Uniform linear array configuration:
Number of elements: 24
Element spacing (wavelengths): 0.25
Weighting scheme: hann
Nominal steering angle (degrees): -15
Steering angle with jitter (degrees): -14.077
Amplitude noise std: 0.05
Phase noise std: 0.05

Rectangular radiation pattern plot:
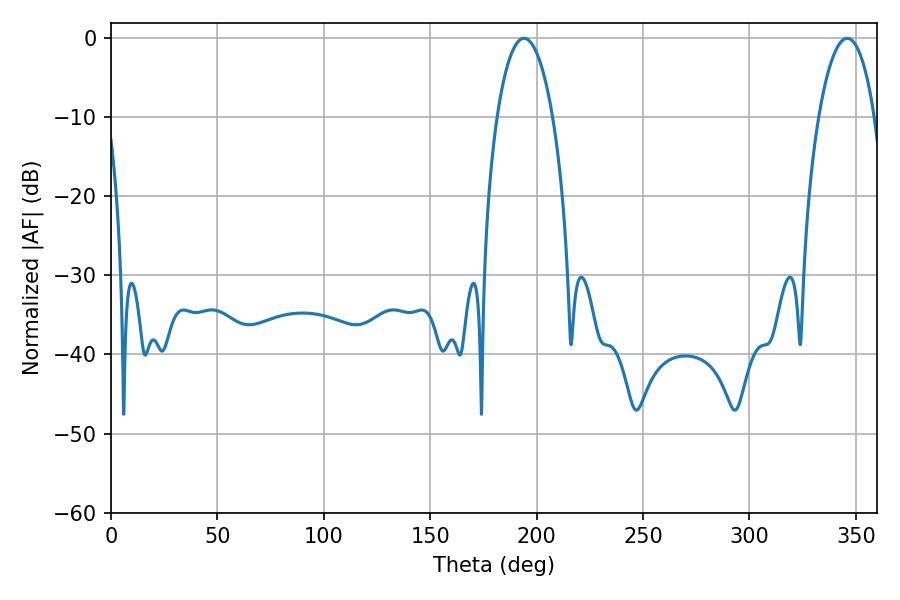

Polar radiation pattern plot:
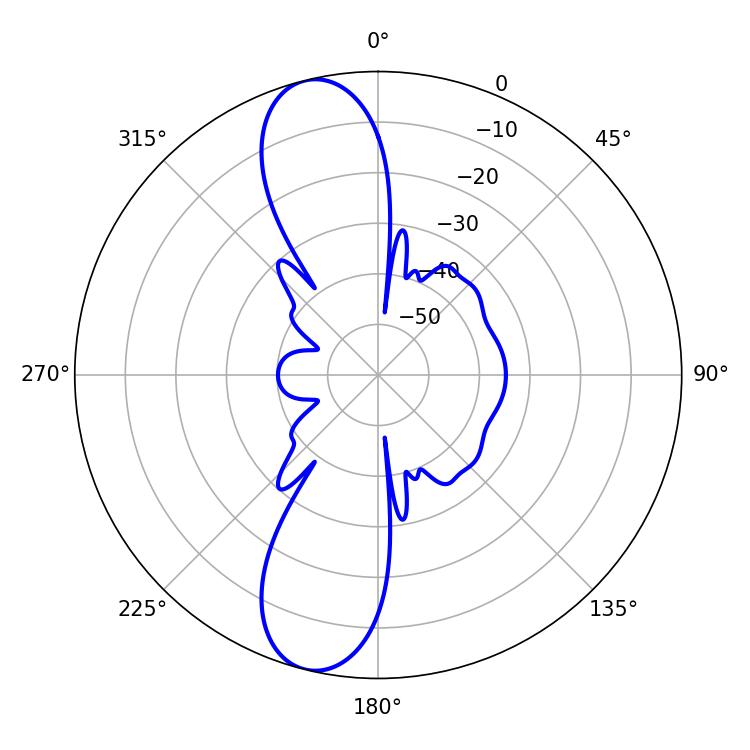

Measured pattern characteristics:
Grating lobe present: FALSE
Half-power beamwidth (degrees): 14.76
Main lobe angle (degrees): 194.04